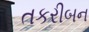
તકરીબન